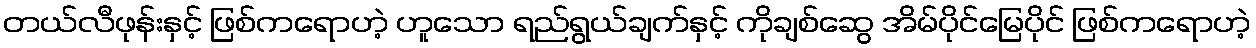
တယ်လီဖုန်းနှင့် ဖြစ်ကရောဟဲ့ ဟူသော ရည်ရွယ်ချက်နှင့် ကိုချစ်ဆွေ အိမ်ပိုင်မြေပိုင် ဖြစ်ကရောဟဲ့